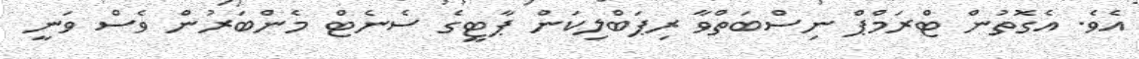
އެވެ. އެގޮތުން ޓްރަމްޕް ނިސްބަތްވާ ރިޕަބްލިކަން ޕާޓީގެ ސެނެޓް މެންބަރުން ވެސް ވަނީ